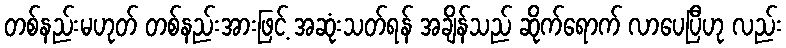
တစ်နည်းမဟုတ် တစ်နည်းအားဖြင့် အဆုံးသတ်ရန် အချိန်သည် ဆိုက်ရောက် လာပေပြီဟု လည်း